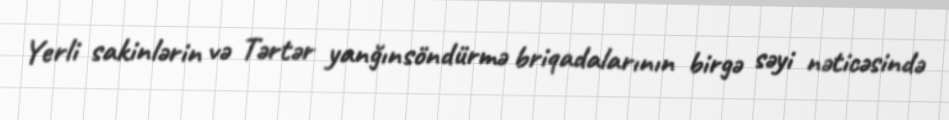
Yerli sakinlərin və Tərtər yanğınsöndürmə briqadalarının birgə səyi nəticəsində